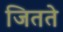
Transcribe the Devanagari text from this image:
जितते